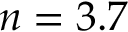
n = 3 . 7